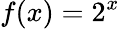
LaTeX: f(x)=2^{x}